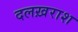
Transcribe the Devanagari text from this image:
दलख़राश